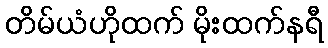
တိမ်ယံဟိုထက် မိုးထက်နရီ